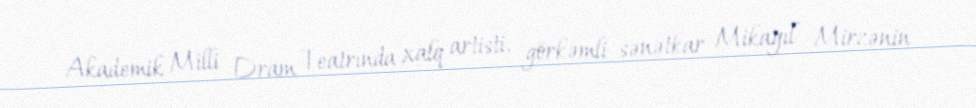
Akademik Milli Dram Teatrında xalq artisti, görkəmli sənətkar Mikayıl Mirzənin